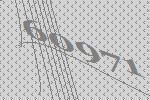
60971